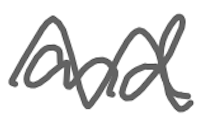
Text: and
Cross-out: wave
Writing tool: digital_gray